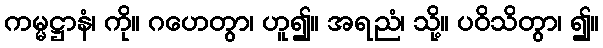
ကမ္မဋ္ဌာနံ၊ ကို။ ဂဟေတွာ၊ ဟူ၍။ အရညံ၊ သို့။ ပဝိသိတွာ၊ ၍။